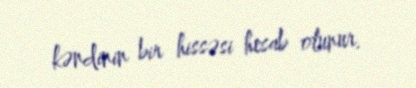
kəndinin bir hissəsi hesab olunur.